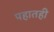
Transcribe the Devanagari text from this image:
पहातही